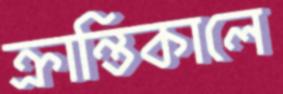
ক্রান্তিকালে